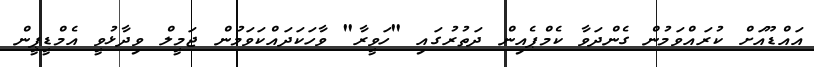
އައްޑޫއަށް ކުރައްވަމުން ގެންދަވާ ކެމްޕެއިން ދަތުރުގައި "ހަވީރާ" ވާހަކަދައްކަވަމުން ޖަމީލް ވިދާޅުވީ އެމްޑީޕީން